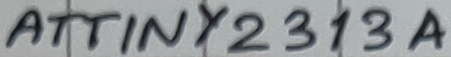
Text: ATTINY2313A